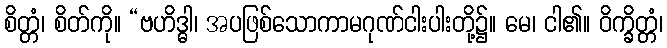
စိတ္တံ၊ စိတ်ကို။ “ဗဟိဒ္ဓါ၊ အပဖြစ်သောကာမဂုဏ်ငါးပါးတို့၌။ မေ၊ ငါ၏။ ဝိက္ခိတ္တံ၊